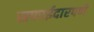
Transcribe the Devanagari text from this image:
सफाईदारपणे